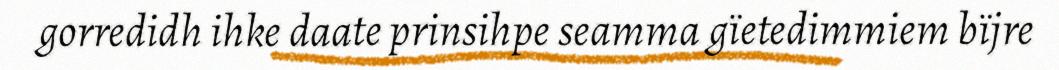
gorredidh ihke daate prinsihpe seamma gïetedimmiem bïjre